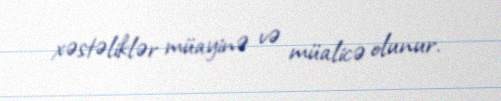
xəstəliklər müayinə və müalicə olunur.